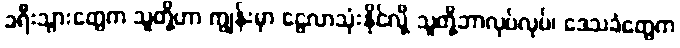
ခရီးသွားတွေက သူတို့ဟာ ကျွန်းမှာ ငွေလာသုံးနိုင်လို့ သူတို့ဘာလုပ်လုပ်၊ ဒေသခံတွေက